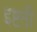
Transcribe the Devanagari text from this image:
इष्टती